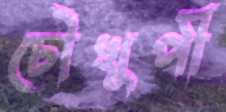
চৌখুপী